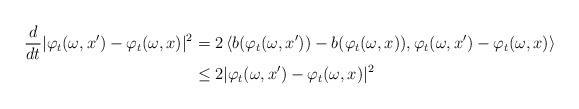
LaTeX: \begin{align*}\frac{d}{dt} | \varphi_t(\omega, x^\prime) - \varphi_t(\omega,x)|^2 &= 2 \left\langle b(\varphi_t(\omega, x^\prime)) - b(\varphi_t(\omega, x)) ,\varphi_t(\omega, x^\prime) - \varphi_t(\omega, x) \right\rangle \\&\leq 2 |\varphi_t(\omega, x^\prime) - \varphi_t(\omega, x)|^2 \end{align*}